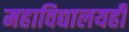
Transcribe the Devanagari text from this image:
महाविद्यालयही